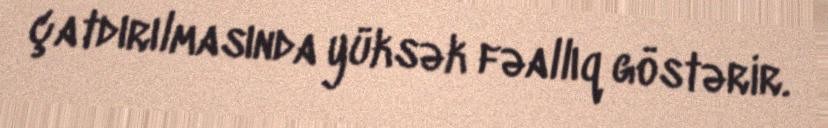
çatdırılmasında yüksək fəallıq göstərir.